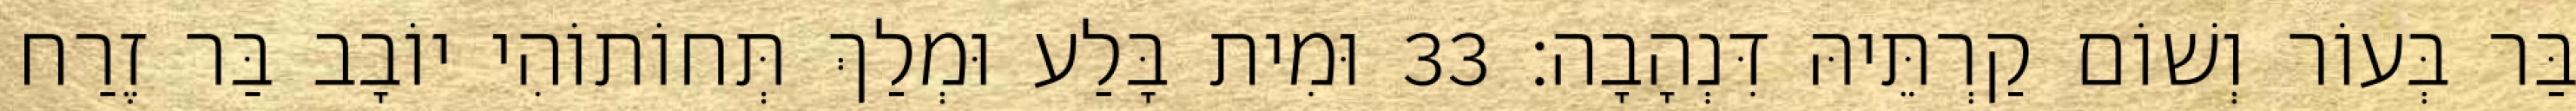
בַּר בְּעוֹר וְשׁוֹם קַרְתֵּיהּ דִּנְהָבָה׃ 33 וּמִית בָּלַע וּמְלַךְ תְּחוֹתוֹהִי יוֹבָב בַּר זֶרַח